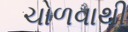
ચોળવાથી